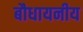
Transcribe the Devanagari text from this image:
बौधायनीय